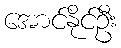
အောင်နိုင်ဦး